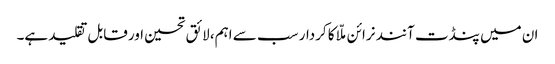
ان میں پنڈت آنند نرائن ملّا کا کردار سب سے اہم، لائق تحسین اور قابل تقلید ہے۔